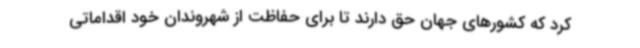
کرد که کشورهای جهان حق دارند تا برای حفاظت از شهروندان خود اقداماتی